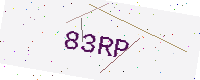
Text: 83RP